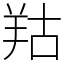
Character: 𦍩